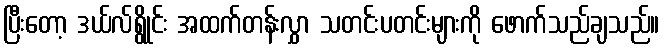
ပြီးတော့ ဒယ်လ်ရွိုင်း အထက်တန်းလွှာ သတင်းပတင်းများကို ဖောက်သည်ချသည်။